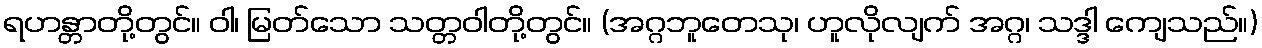
ရဟန္တာတို့တွင်။ ဝါ၊ မြတ်သော သတ္တဝါတို့တွင်။ (အဂ္ဂဘူတေသု၊ ဟူလိုလျက် အဂ္ဂ၊ သဒ္ဒါ ကျေသည်။)